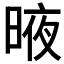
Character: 𣈋